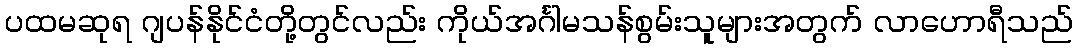
ပထမဆုရ ဂျပန်နိုင်ငံတို့တွင်လည်း ကိုယ်အင်္ဂါမသန်စွမ်းသူများအတွက် လာဟောရီသည်